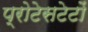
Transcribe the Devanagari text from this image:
प्रोटेसटेटों